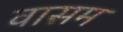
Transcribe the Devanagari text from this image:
वासम